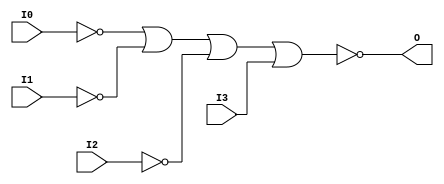
// $Header: /devl/xcs/repo/env/Databases/CAEInterfaces/verunilibs/s/NOR4B3.v,v 1.8.22.1 2003/11/18 20:41:37 wloo Exp $

/*

FUNCTION	: 4-INPUT NOR GATE

*/

`timescale  100 ps / 10 ps


module NOR4B3 (O, I0, I1, I2, I3);

    output O;

    input  I0, I1, I2, I3;

    not N2 (i2_inv, I2);
    not N1 (i1_inv, I1);
    not N0 (i0_inv, I0);
    nor O1 (O, i0_inv, i1_inv, i2_inv, I3);

    specify
	(I0 *> O) = (0, 0);
	(I1 *> O) = (0, 0);
	(I2 *> O) = (0, 0);
	(I3 *> O) = (0, 0);
    endspecify

endmodule